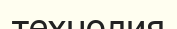
технолия